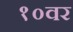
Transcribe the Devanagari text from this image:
१०वर